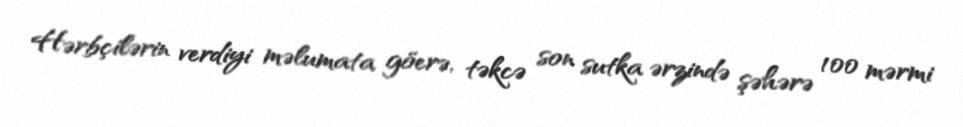
Hərbçilərin verdiyi məlumata göerə, təkcə son sutka ərzində şəhərə 100 mərmi